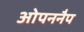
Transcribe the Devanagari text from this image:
ओपननैप